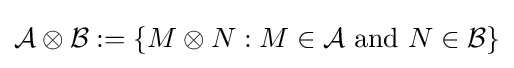
{\mathcal {A}}\otimes {\mathcal {B}}:=\{M\otimes N:M\in {\mathcal {A}}{\text{ and }}N\in {\mathcal {B}}\}